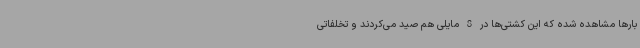
بارها مشاهده شده که این کشتی‌ها در 8 مایلی هم صید می‌کردند و تخلفاتی